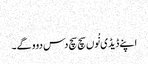
‏
اپنے ڈیڈی نُوں سچ سچ دس دوو گے۔